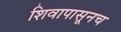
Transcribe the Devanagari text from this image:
शिवापासूनच